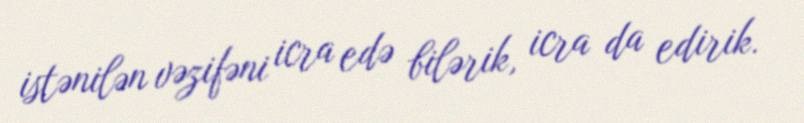
istənilən vəzifəni icra edə bilərik, icra da edirik.